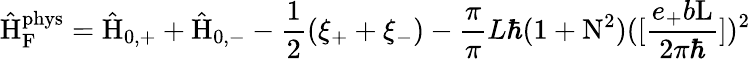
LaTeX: \hat{\mathrm{H}}_{\mathrm{F}}^{\mathrm{phys}}=\hat{\mathrm{H}}_{0,+}+\hat{\mathrm{H}}_{0,-}-\frac{1}{2}(\xi_{+}+\xi_{-})-\frac{\pi}{\pi}{L}{\hbar}(1+\mathrm{N}^{2})([\frac{e_{+}b\mathrm{L}}{2{\pi}{\hbar}}])^{2}